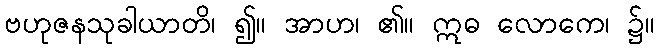
ဗဟုဇနသုခါယာတိ၊ ၍။ အာဟ၊ ၏။ ဣဓ လောကေ၊ ၌။